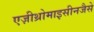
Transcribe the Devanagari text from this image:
एज़ीथ्रोमाइसीनजैसे